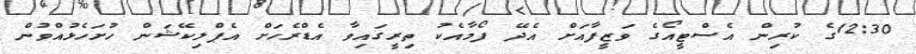
12:30ގެ ކުރިން އެސްޓީއޯގެ ވަޒީފާއަށް އެދޭ ފޯމާއެކު ތިރީގައިވާ އެޑްރެހަށް އެޕްލިކޭޝަން ހުށަހެޅުއްވުން